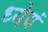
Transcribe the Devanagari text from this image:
ध्येयं